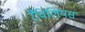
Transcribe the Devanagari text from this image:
रैविलियस